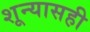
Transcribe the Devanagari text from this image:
शून्यासही